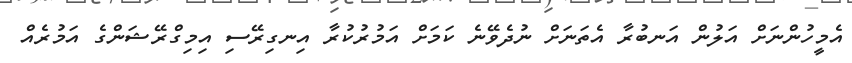
އެމީހުންނަށް އަލުން އަނބުރާ އެތަނަށް ނުދެވޭނެ ކަމަށް އަމުރުކުރާ އިނގިރޭސި އިމިގްރޭޝަންގެ އަމުރެއް